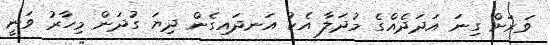
ވަރަށް ގިނަ އަދަދެއްގެ މުދަލާ އެކު އަނދައިގެން ދިޔަ ގުދަން މިހާރު ވަނީ